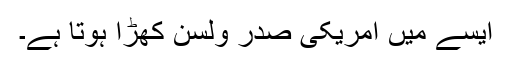
ایسے میں امریکی صدر ولسن کھڑا ہوتا ہے۔